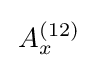
\,A_{x}^{(12)}